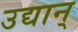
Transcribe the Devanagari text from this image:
उद्यान्